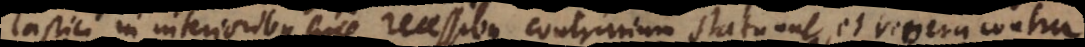
lastici in inferioribus suis recessibus contrarium statuunt, et revera contra